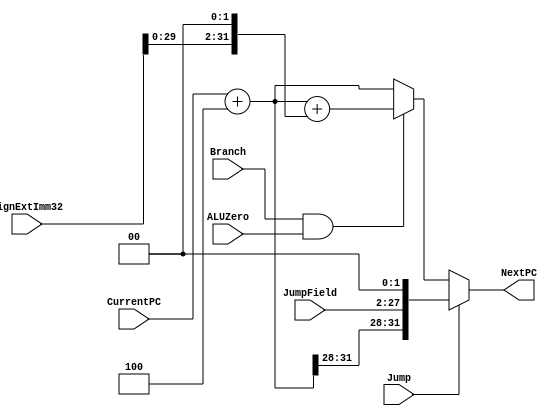
`timescale 1ns/1ps

module NextPClogic(NextPC, CurrentPC, JumpField, SignExtImm32, Branch, ALUZero, Jump);

//Inputs
input [31:0] CurrentPC, SignExtImm32;
input [25:0] JumpField;
input Branch, ALUZero, Jump;

//Outputs
output [31:0] NextPC;

//Internal Nets
reg[31:0] NextPC;
wire [31:0] PC_4;

//Updating PC with next instruction.
assign #1 PC_4 = CurrentPC + 32'h4;

always@(*) begin
if (Jump == 1)
	NextPC <= #2 {PC_4[31:28], JumpField, 2'b00}; //Adding the 4 bits of the PC + 4, the 26 bits of the jump field and shifting by 2 by adding 0 bits at the end
else if (Branch == 1 && ALUZero == 1) //Only if both opeartions are 1 shall branch take place
	NextPC <= #2 PC_4 + (SignExtImm32 << 2); //The next instruction will be the sign extension shifted by 4 bits added to the value of PC + 4.
else
	NextPC <= #2 PC_4; //If neither of these operations are selected, then go to the next instruction.
end

endmodule